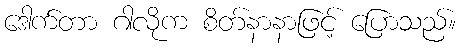
ဒေါက်တာ ဂါလိုက စိတ်နာနာဖြင့် ပြောသည်။